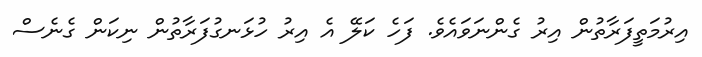
އިރުމަތީފަރާތުން އިރު ގެންނަވައެވެ. ފަހެ ކަލޭ އެ އިރު ހުޅަނގުފަރާތުން ނިކަން ގެނެސް